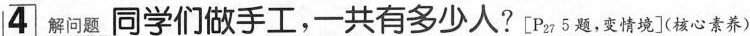
4解问题 同学们做手工，一共有多少人?[P_{27}5题，变情境](核心素养)